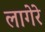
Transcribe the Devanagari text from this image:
लागेरे